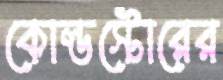
কোল্ডস্টোরের